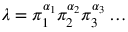
\lambda = \pi _ { 1 } ^ { \alpha _ { 1 } } \pi _ { 2 } ^ { \alpha _ { 2 } } \pi _ { 3 } ^ { \alpha _ { 3 } } \dots